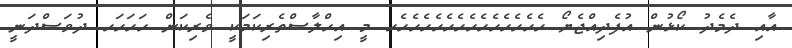
އާއި ދެމެދު ކޯޅުން އުފެދިއްޖެޔޯ ހެހެހެެހެހެެހެހެހެހެހެހެެހެހެެހ މީ އިހްލާސްތެރިކަމަކީ ވެރިކަން ހަހަހަހ ދުވަސްދަނީ